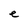
Character: e